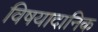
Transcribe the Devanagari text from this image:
विषयादानिक